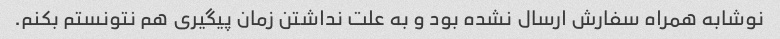
نوشابه همراه سفارش ارسال نشده بود و به علت نداشتن زمان پیگیری هم نتونستم بکنم.